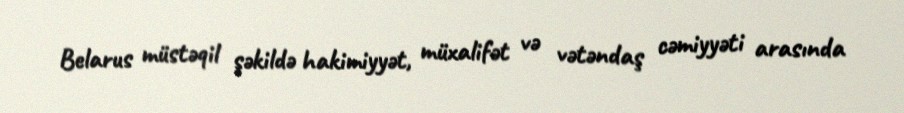
Belarus müstəqil şəkildə hakimiyyət, müxalifət və vətəndaş cəmiyyəti arasında